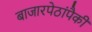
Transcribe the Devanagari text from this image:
बाजारपेठांपैकी